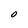
Character: O